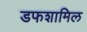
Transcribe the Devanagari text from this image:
डफशामिल